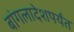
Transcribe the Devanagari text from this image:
बांगलादेशपर्यंत